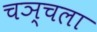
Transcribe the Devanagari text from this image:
चञ्चला